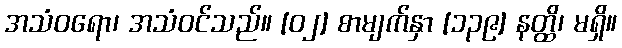
အသံဝရော၊ အသံဝင်သည်။ [၀၂] စာမျက်နှာ [၁၃၉] နတ္ထိ၊ မရှိ။